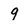
Character: g